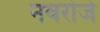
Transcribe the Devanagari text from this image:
नवरोजे